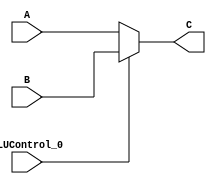
`timescale 1ns / 1ps
//////////////////////////////////////////////////////////////////////////////////
// Company: 
// Engineer: 
// 
// Design Name: 
// Module Name:    Dec_Sub 
// Project Name: 
// Target Devices: 
// Tool versions: 
// Description: 
//
// Dependencies: 
//
// Revision: 
// Revision 0.01 - File Created
// Additional Comments: 
//
//////////////////////////////////////////////////////////////////////////////////
module Dec_Sub(
    input ALUControl_0,
    input[31:0] A,
    input[31:0] B,
    output[31:0] C
    );
assign C = (ALUControl_0)? B:A;

endmodule